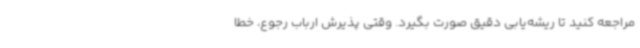
مراجعه کنید تا ریشه‌یابی دقیق صورت بگیرد. وقتی پذیرش ارباب رجوع، خطا